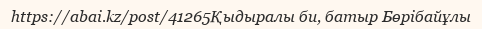
https://abai.kz/post/41265Қыдыралы би, батыр Бөрібайұлы